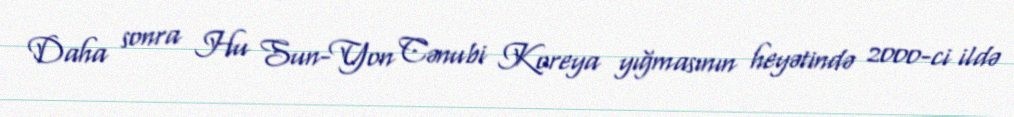
Daha sonra Hu Sun-Yon Cənubi Koreya yığmasının heyətində 2000-ci ildə